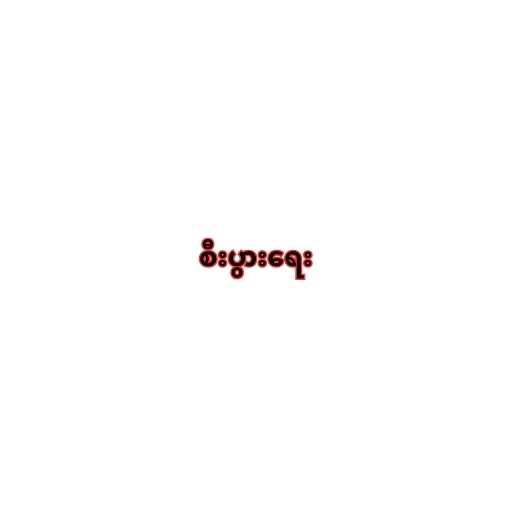
စီးပွားရေး